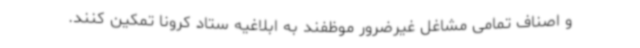
و اصناف تمامی مشاغل غیرضرور موظفند به ابلاغیه ستاد کرونا تمکین کنند.